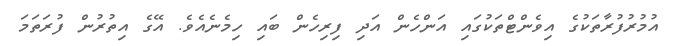
އުމުރުފުރާތަކުގެ އިވެންޓްތަކުގައި އަންހެން އަދި ފިރިހެން ބައި ހިމެނެއެވެ. އޭގެ އިތުރުން ފުރަތަމަ